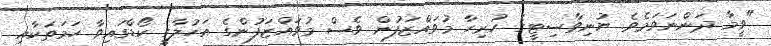
"ވީމާ ދަންނަވަމެވެ. ޔުނިވާސިޓީގެ ހުރިހާ މުވައްޒަފުން ވެސް މުވައްޒަފުންގެ އަހުލާގީ ކޯޑްގައިވާ ހަމަތަކާއި